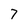
Character: 7